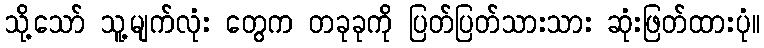
သို့သော် သူ့မျက်လုံး တွေက တခုခုကို ပြတ်ပြတ်သားသား ဆုံးဖြတ်ထားပုံ။